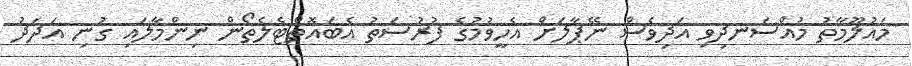
މައުލޫމާތު މުއްސަނދިވި އަދިވެސް ނޭޕާލަށް އެހީވުމުގެ ފުރުސަތު އެބައޮތްޓެލެތޯން ނިންމާލައި ގުނި އަދަދު